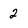
Character: 2